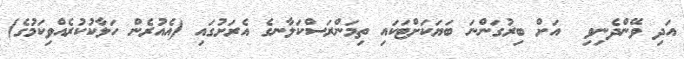
އަދި ވޭންދެނިވި  އަށް ބިރުގަންނަ ބަޔަކަށްޓަކައި ތިމަންރަސްކަލާނގެ އެރަށުގައި (އެއުރެން ހަލާކުކުރެއްވިކަމުގެ)